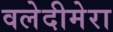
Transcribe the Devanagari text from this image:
वलेदीमेरा